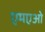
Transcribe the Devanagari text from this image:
एमएओ